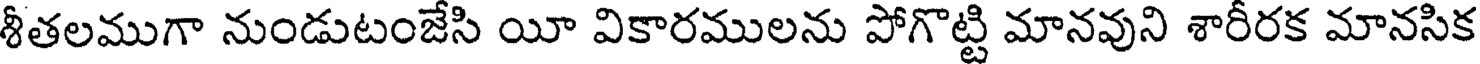
శీతలముగా నుండుటంజేసి యీ వికారములను పోగొట్టి మానవుని శారీరక మానసిక